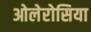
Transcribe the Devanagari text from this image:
ओलेरोसिया